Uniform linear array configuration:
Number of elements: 4
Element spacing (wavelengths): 0.25
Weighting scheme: exponential
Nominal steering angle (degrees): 0
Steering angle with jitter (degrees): -0.05023
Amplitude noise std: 0.05
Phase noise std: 0.05

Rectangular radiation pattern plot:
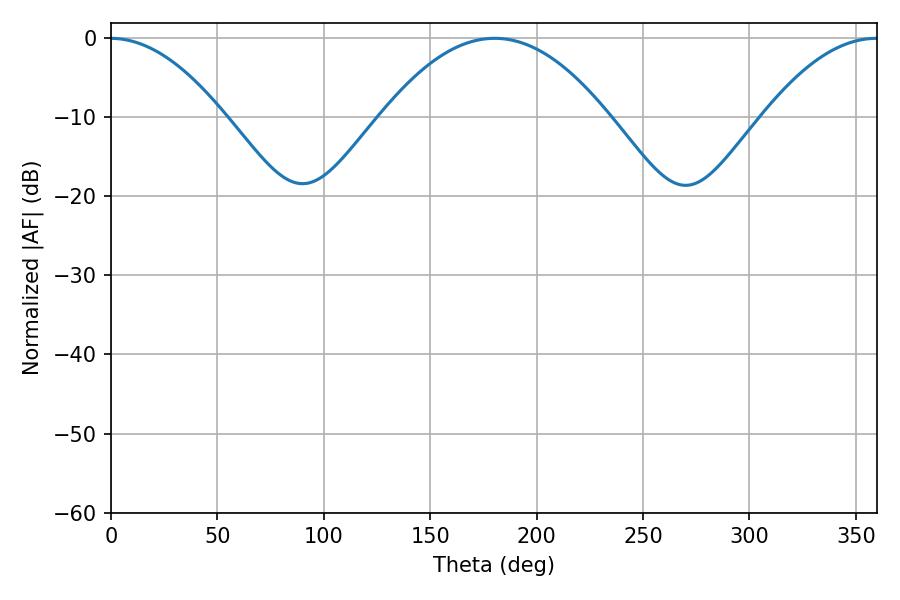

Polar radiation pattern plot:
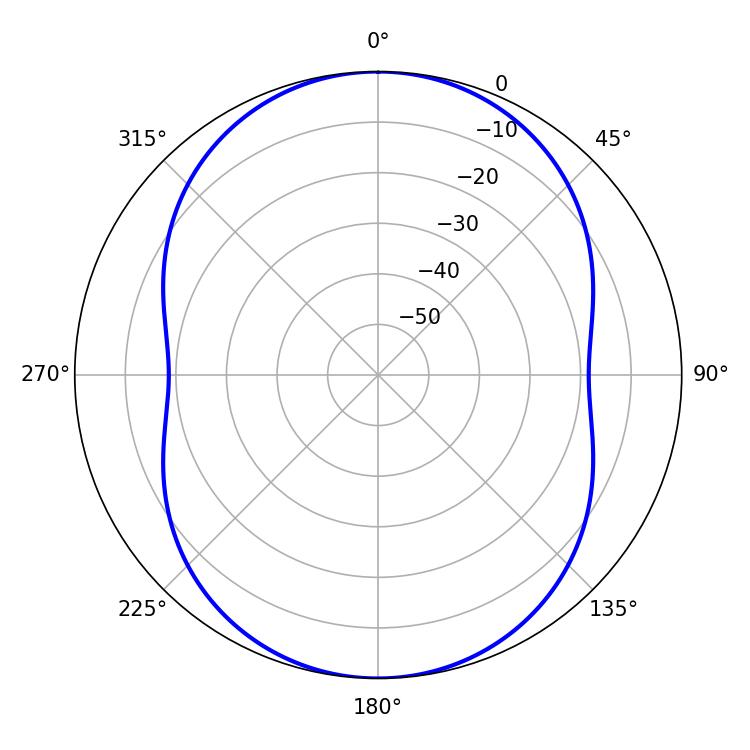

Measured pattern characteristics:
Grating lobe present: FALSE
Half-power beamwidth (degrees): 58.86
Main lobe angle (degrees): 180.36